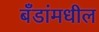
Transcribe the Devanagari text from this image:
बँडांमधील